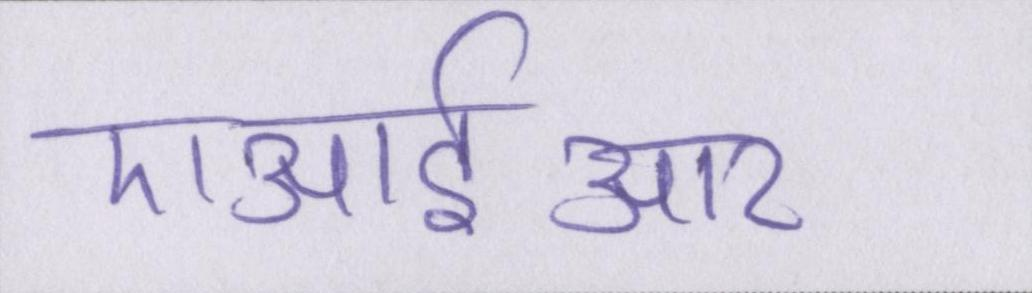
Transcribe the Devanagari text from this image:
एआईआर